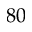
8 0